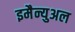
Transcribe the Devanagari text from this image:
इमैन्युअल